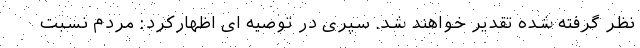
نظر گرفته شده تقدیر خواهند شد. سپری در توصیه ای اظهارکرد: مردم نسبت